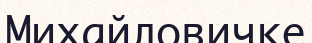
Михайловичке